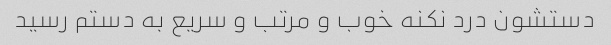
دستشون درد نکنه خوب و مرتب و سریع به دستم رسید